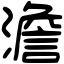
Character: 澹